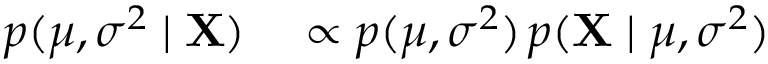
\begin{array} { r l } { p ( \mu , \sigma ^ { 2 } \mid \mathbf { X } ) } & { { } \propto p ( \mu , \sigma ^ { 2 } ) \, p ( \mathbf { X } \mid \mu , \sigma ^ { 2 } ) } \end{array}